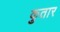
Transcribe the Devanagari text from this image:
कुतार